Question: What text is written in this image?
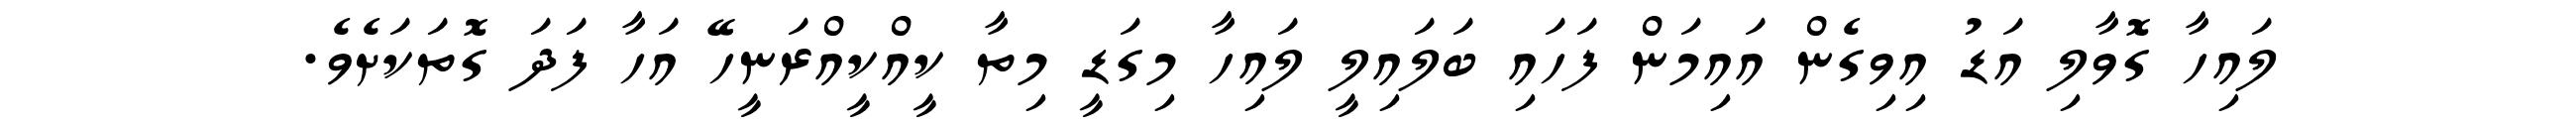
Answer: ލައިހާ ގޮވާލި އަޑު އިވިގެން އައިމަން ފަހައި ބަލައިލީ ލައިހާ މިގަޑީ މިތާ ކީއްކީއްރަނީހޭ އަހާ ފަދަ ގޮތަކަށެވެ.